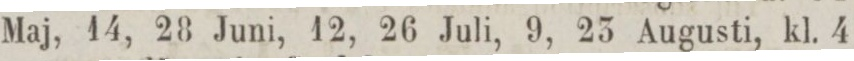
Maj, 14, 28 Juni, 12, 26 Juli, 9, 23 Augusti, kl. 4